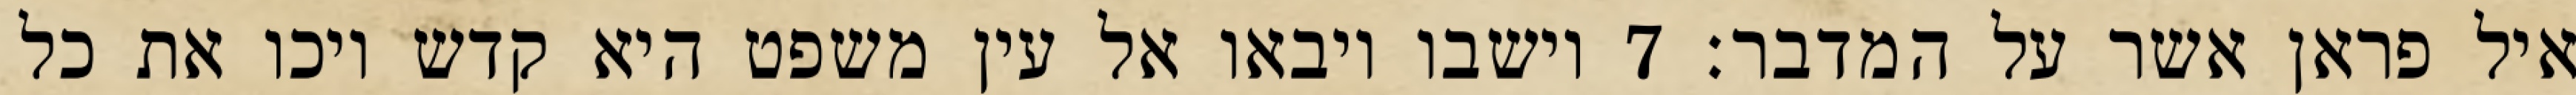
איל פראן אשר על המדבר׃ ‎7‏ וישבו ויבאו אל עין משפט היא קדש ויכו את כל